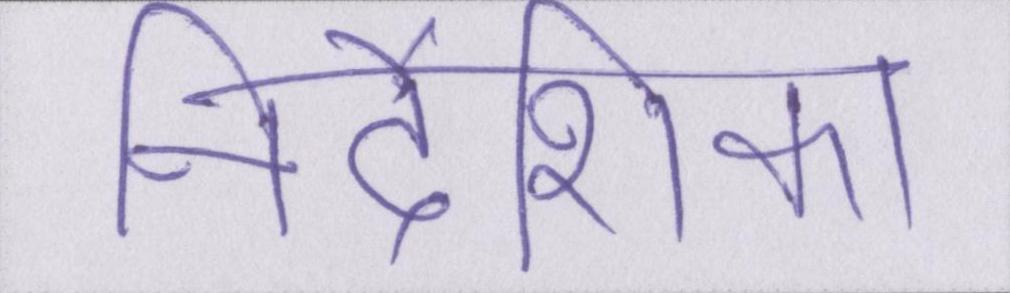
निर्देशिका